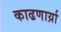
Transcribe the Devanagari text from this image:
काढणार्य़ा